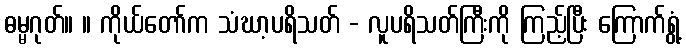
ဓမ္မဂုတ်။ ။ ကိုယ်တော်က သံဃာ့ပရိသတ် - လူပရိသတ်ကြီးကို ကြည့်ပြီး ကြောက်ရွံ့